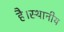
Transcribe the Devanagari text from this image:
है।स्थानीय